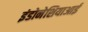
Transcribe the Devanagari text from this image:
इंडोनेशियाआई